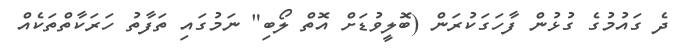
ދެ ގައުމުގެ ގުޅުން ފާހަގަކުރަން (ބޮލީވުޑަށް އޮތް ލޯބި" ނަމުގައި ތަފާތު ހަރަކާތްތަކެއް